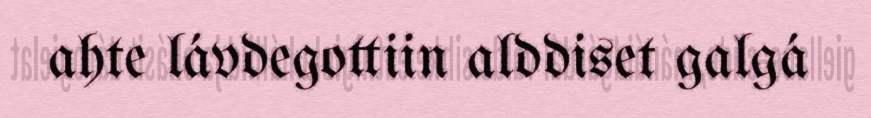
ahte lávdegottiin alddiset galgá